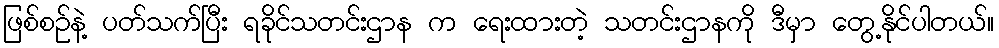
ဖြစ်စဉ်နဲ့ ပတ်သက်ပြီး ရခိုင်သတင်းဌာန က ရေးထားတဲ့ သတင်းဌာနကို ဒီမှာ တွေ့နိုင်ပါတယ်။